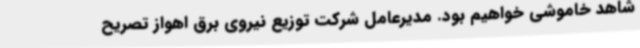
شاهد خاموشی خواهیم بود. مدیرعامل شرکت توزیع نیروی برق اهواز تصریح